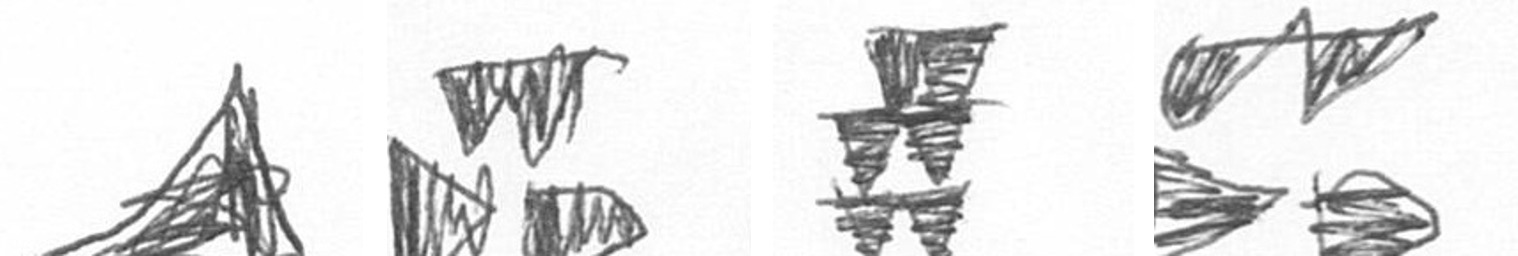
O B Y B